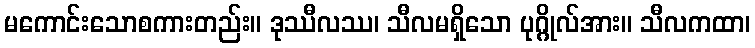
မကောင်းသောစကားတည်း။ ဒုဿီလဿ၊ သီလမရှိသော ပုဂ္ဂိုလ်အား။ သီလကထာ၊